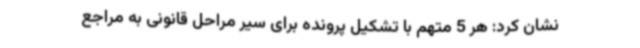
نشان کرد: هر 5 متهم با تشکیل پرونده برای سیر مراحل قانونی به مراجع